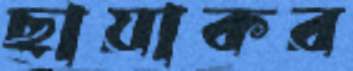
ছায়াকর